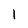
Character: 1